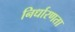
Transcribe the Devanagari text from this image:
निर्धारणता